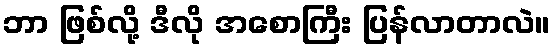
ဘာ ဖြစ်လို့ ဒီလို အစောကြီး ပြန်လာတာလဲ။